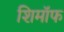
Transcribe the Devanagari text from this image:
शिमॉफ